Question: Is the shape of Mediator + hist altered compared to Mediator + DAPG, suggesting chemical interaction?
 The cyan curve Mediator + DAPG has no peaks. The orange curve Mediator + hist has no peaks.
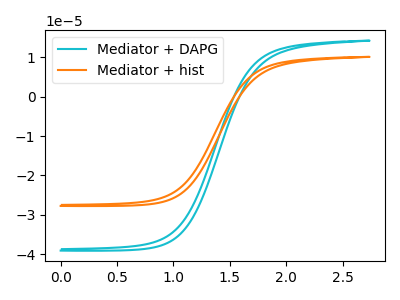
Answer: <think>Neither "Mediator + hist" or "Mediator + DAPG" have any peaks.
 </think>
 <answer>No, "Mediator + hist" and "Mediator + DAPG" don't appear to be significantly different in shape</answer>
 <eval>no_change</eval>